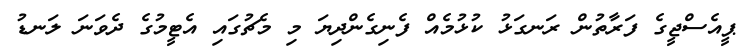
ޕީއެސްޖީގެ ފަރާތުން ރަނގަޅު ކުޅުމެއް ފެނިގެންދިޔަ މި މެޗުގައި އެޓީމުގެ ދެވަނަ ލަނޑު